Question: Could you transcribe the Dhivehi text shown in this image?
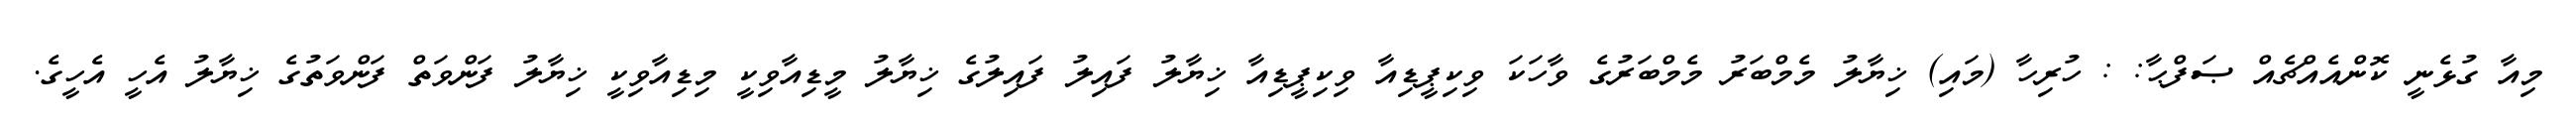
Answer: މިއާ ގުޅެނީ ކޮންއެއްޗެއް ޞަފްޙާ: : ހުރިހާ (މައި) ޚިޔާލު މެމްބަރު މެމްބަރުގެ ވާހަކަ ވިކިޕީޑިއާ ވިކިޕީޑިއާ ޚިޔާލު ފައިލު ފައިލުގެ ޚިޔާލު މީޑިއާވިކީ މިޑިއާވިކީ ޚިޔާލު ފަންވަތް ފަންވަތުގެ ޚިޔާލު އެހީ އެހީގެ.